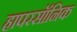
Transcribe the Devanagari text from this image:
हापरसॉनिक